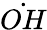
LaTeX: \dot{OH}